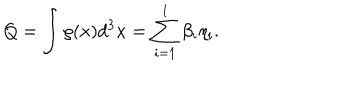
Q = \int \rho ( x ) d ^ { 3 } x = \sum _ { i = 1 } ^ { l } \beta _ { i } \eta _ { i } .